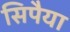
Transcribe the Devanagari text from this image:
सिपैया